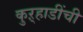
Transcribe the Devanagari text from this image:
कुऱ्हाडींची